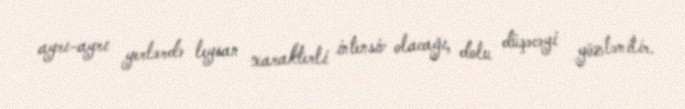
ayrı-ayrı yerlərdə leysan xarakterli intensiv olacağı, dolu düşəcəyi gözlənilir.